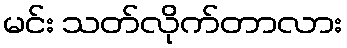
မင်း သတ်လိုက်တာလား